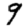
Digit: 9